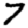
Digit: 7